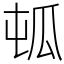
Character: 㼊